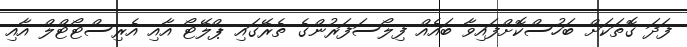
ފަދަ ގޮތަކަށް ބަހުސްކޮށްފައިވާ ބައެއް ފިލޯސަފަރުންގެ ތެރޭގައި ޕްލޭޓޯ އާއި އެރިސްޓޯޓްލް އާއި